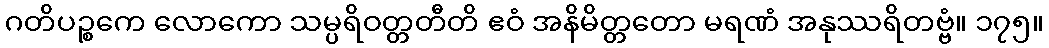
ဂတိပဉ္စကေ လောကော သမ္ပရိဝတ္တတီတိ ဧဝံ အနိမိတ္တတော မရဏံ အနုဿရိတဗ္ဗံ။ ၁၇၅။